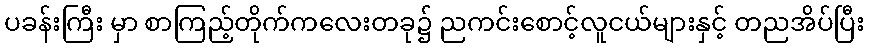
ပခန်းကြီး မှာ စာကြည့်တိုက်ကလေးတခု၌ ညကင်းစောင့်လူငယ်များနှင့် တညအိပ်ပြီး